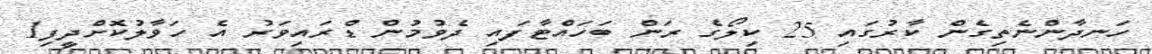
ހަނދާންނެތިގެން ކާރުގައި 25 ކިލޯގެ ރަން ބަހައްޓާފައި ދެވުމުން ޑްރައިވަރު އެ ހަވާލުކޮށްދީފި1